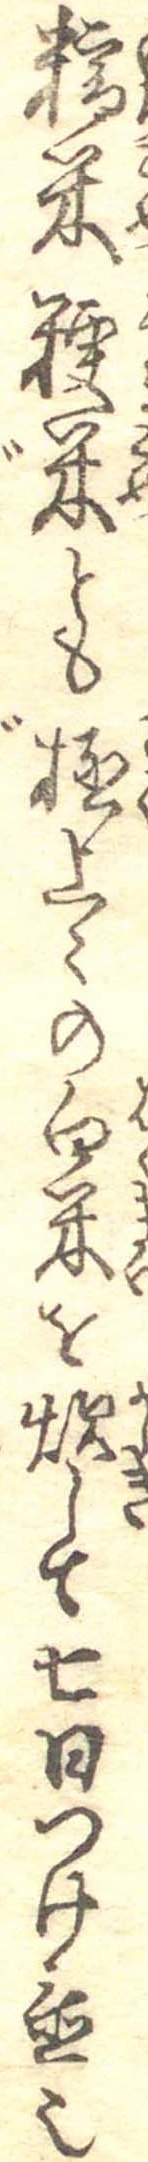
糯米粳米とも極上々の白米を炊して七日つけ置也